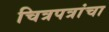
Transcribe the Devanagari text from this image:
चित्रपत्रांचा